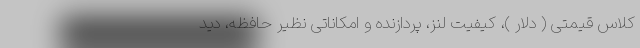
کلاس قیمتی ( دلار )، کیفیت لنز، پردازنده و امکاناتی نظیر حافظه، دید